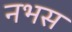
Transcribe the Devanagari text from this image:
नभस